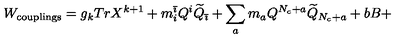
W _ { \mathrm { c o u p l i n g s } } = g _ { k } T r X ^ { k + 1 } + m _ { i } ^ { \bar { \imath } } Q ^ { i } \widetilde { Q } _ { \bar { \imath } } + \sum _ { a } m _ { a } Q ^ { N _ { c } + a } \widetilde { Q } _ { N _ { c } + a } + b B +